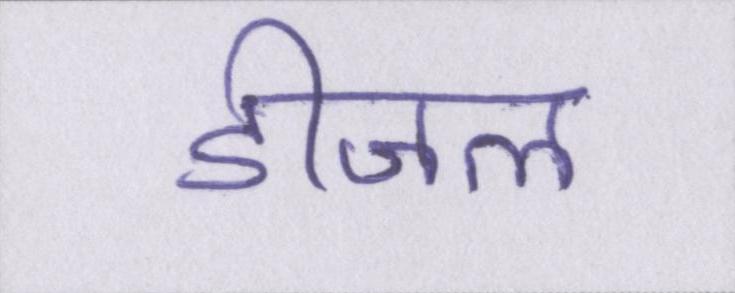
डीजल